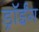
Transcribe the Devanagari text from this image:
ड्रॉईंग